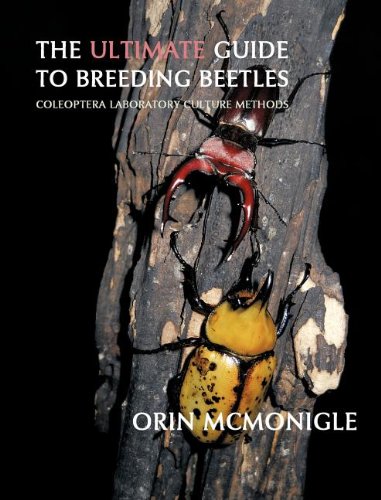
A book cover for The Ultimate Guide to Breeding Beetles: Coleoptera Laboratory Culture Methods; Orin McMonigle; Crafts, Hobbies & Home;